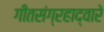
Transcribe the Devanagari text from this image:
गीतसंग्रहाद्वारे